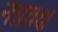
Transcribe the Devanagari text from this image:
नग्नवक्ष